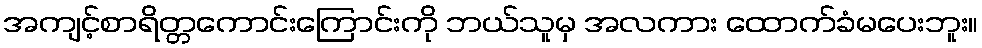
အကျင့်စာရိတ္တကောင်းကြောင်းကို ဘယ်သူမှ အလကား ထောက်ခံမပေးဘူး။